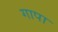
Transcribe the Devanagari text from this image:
गापा